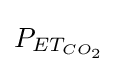
{P_{ET_{CO_{2}}}}